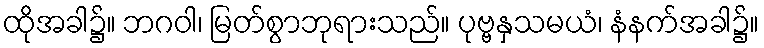
ထိုအခါ၌။ ဘဂဝါ၊ မြတ်စွာဘုရားသည်။ ပုဗ္ဗနှသမယံ၊ နံနက်အခါ၌။